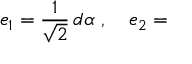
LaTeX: e _ { 1 } = { \frac { { 1 } } { { \sqrt { 2 } } } } \, d \alpha ~ , \quad e _ { 2 } =